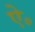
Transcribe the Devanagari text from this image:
ऐ॰